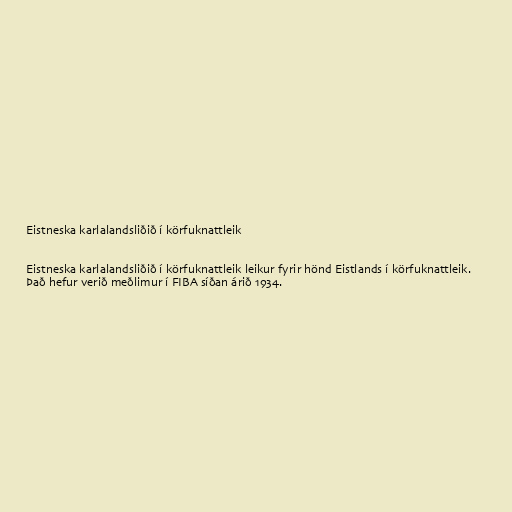
Eistneska karlalandsliðið í körfuknattleik

Eistneska karlalandsliðið í körfuknattleik leikur fyrir hönd Eistlands í körfuknattleik.
Það hefur verið meðlimur í FIBA síðan árið 1934.